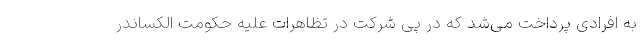
به افرادی پرداخت می‌شد که در پی شرکت در تظاهرات علیه حکومت الکساندر